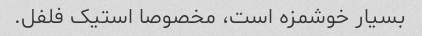
بسیار خوشمزه است، مخصوصا استیک فلفل.